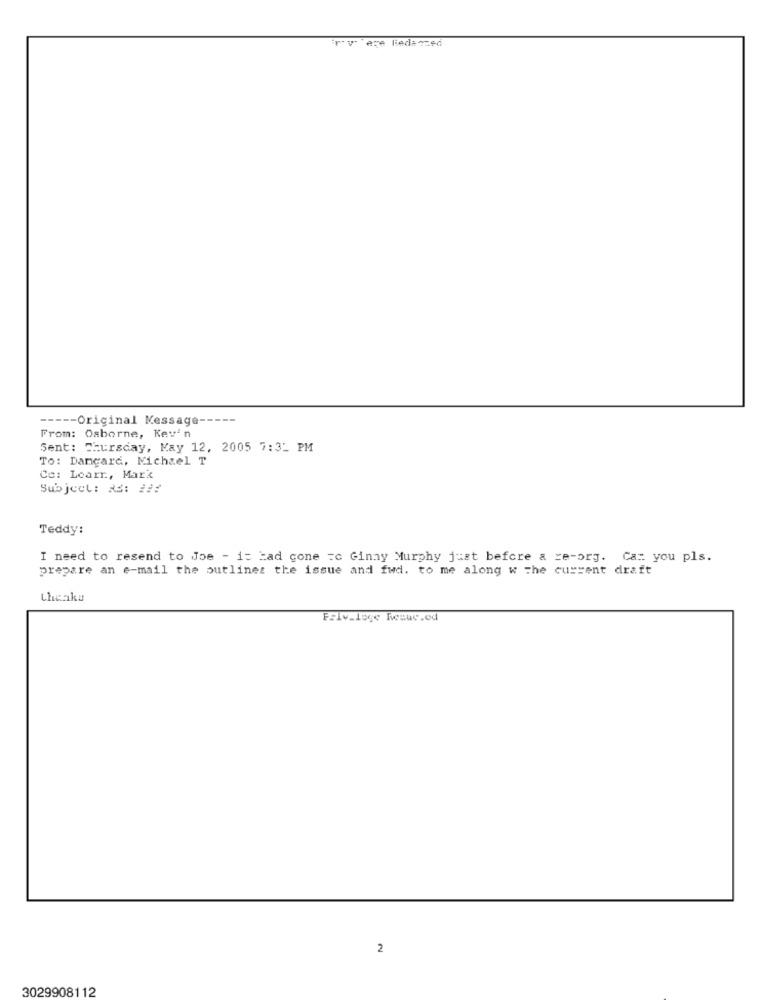
Er v 'ere ledanzed
----- Original Message --
From: Osborne, Kev'n
Sent: Thursday, May 12, 2005 7:31 PM
To: Dangard, Michael T
Co: Learr ., Mar's
Subject: 23: 221
Teddy:
I need to resend to Joe - it Had gone =c Ginny Murphy just before a re-org. Cam you pls.
prepare an e-mail the outlines the issue and fwd. to me along w the current draft
therku
Friv_loge Resuc.od
2
3029908112